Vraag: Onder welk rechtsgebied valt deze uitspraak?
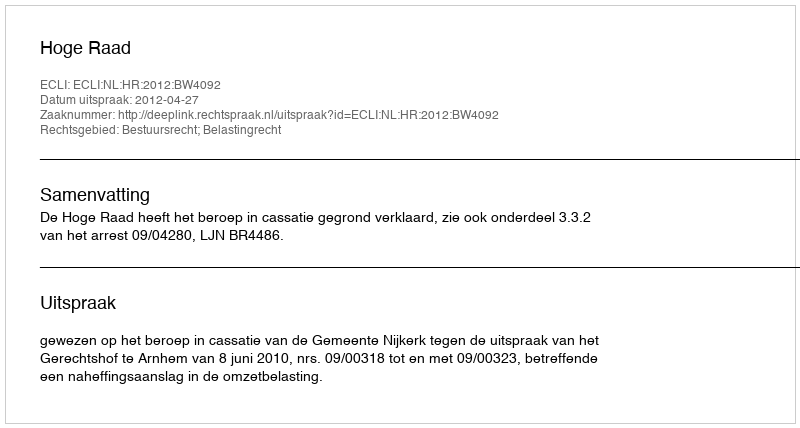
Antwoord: Bestuursrecht; Belastingrecht